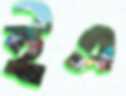
ইএ